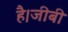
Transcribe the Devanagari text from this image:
है।जीबी